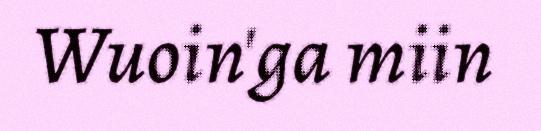
Wuoin'ga miin